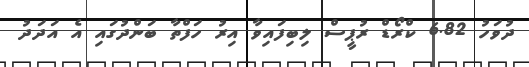
ދުވަހު 6.82 ކްރޯޑް ރުޕީސް ލިބިފައިވާ އިރު ހަފްތާ ބަންދުގައި އެ އަދަދު